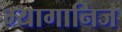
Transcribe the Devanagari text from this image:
म्यागानिज